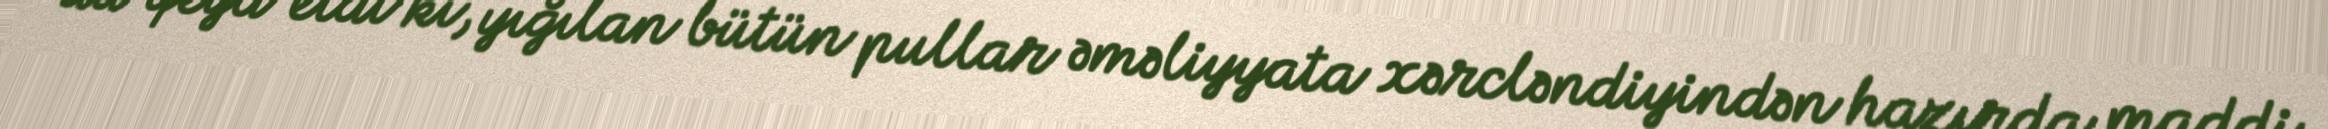
da qeyd etdi ki, yığılan bütün pullar əməliyyata xərcləndiyindən hazırda maddi